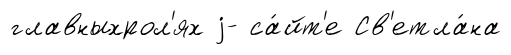
главныхрол'ях j- са́йт'е Св'етла́на